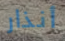
أنذار